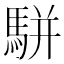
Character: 駢